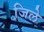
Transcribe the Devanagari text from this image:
जि़ले